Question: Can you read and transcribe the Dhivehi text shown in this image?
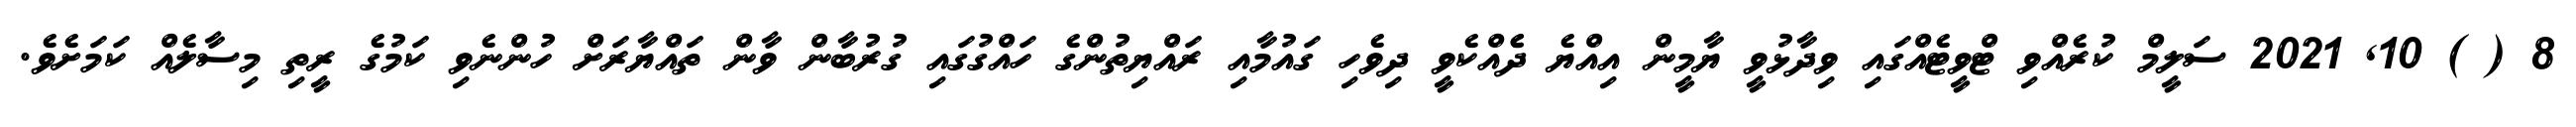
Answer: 8 ( ) 10, 2021 ސަލީމް ކުރެއްވި ޓްވީޓެއްގައި ވިދާޅުވީ ޔާމީން އިއްޔެ ދެެއްކެވީ ދިވެހި ގައުމާއި ރައްޔިތުންގެ ހައްގުގައި ގުރުބާން ވާން ތައްޔާރަށް ހުންނެވި ކަމުގެ ރީތި މިސާލެއް ކަމަށެވެ.